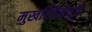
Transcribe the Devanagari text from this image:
मुखरितैर्मधुरैः